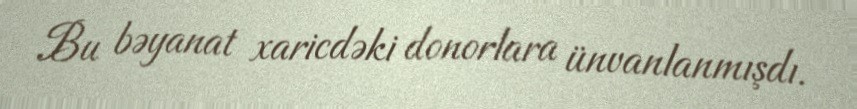
Bu bəyanat xaricdəki donorlara ünvanlanmışdı.